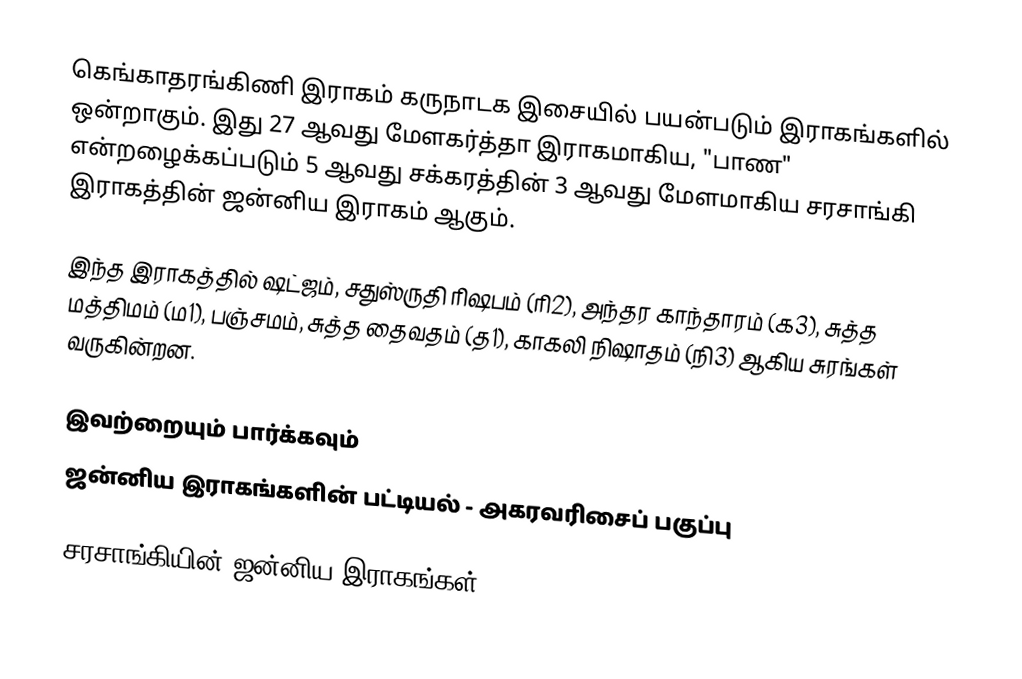
கெங்காதரங்கிணி இராகம் கருநாடக இசையில் பயன்படும் இராகங்களில் ஒன்றாகும். இது 27 ஆவது மேளகர்த்தா இராகமாகிய, "பாண" என்றழைக்கப்படும் 5 ஆவது சக்கரத்தின் 3 ஆவது மேளமாகிய சரசாங்கி இராகத்தின் ஜன்னிய இராகம் ஆகும்.

இந்த இராகத்தில் ஷட்ஜம், சதுஸ்ருதி ரிஷபம் (ரி2), அந்தர காந்தாரம் (க3), சுத்த மத்திமம் (ம1), பஞ்சமம், சுத்த தைவதம் (த1), காகலி நிஷாதம் (நி3) ஆகிய சுரங்கள் வருகின்றன.

இவற்றையும் பார்க்கவும்
 ஜன்னிய இராகங்களின் பட்டியல் - அகரவரிசைப் பகுப்பு

சரசாங்கியின் ஜன்னிய இராகங்கள்